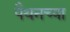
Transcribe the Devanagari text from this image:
पैथनच्या